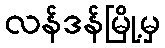
လန်ဒန်မြို့မှ